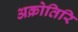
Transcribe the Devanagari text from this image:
अक्रोतिरि